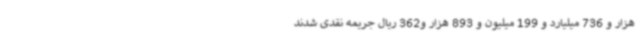
هزار و 736 میلیارد و 199 میلیون و 893 هزار و362 ریال جریمه نقدی شدند